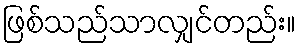
ဖြစ်သည်သာလျှင်တည်း။